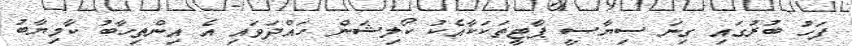
ފަހު ބުރުގައި ގިނަ ސިޔާސީ ޕާޓީތަކަކާއެކު ކޯލިޝަން ހައްދަވައި އެ އިންތިހާބު ކާމިޔާބު